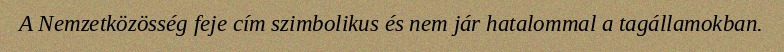
A Nemzetközösség feje cím szimbolikus és nem jár hatalommal a tagállamokban.